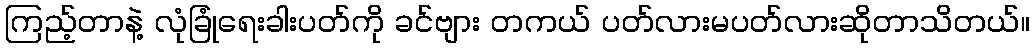
ကြည့်တာနဲ့ လုံခြုံရေးခါးပတ်ကို ခင်ဗျား တကယ် ပတ်လားမပတ်လားဆိုတာသိတယ်။